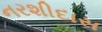
નરશીદાસ